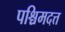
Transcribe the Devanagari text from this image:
पश्चिमदत्त